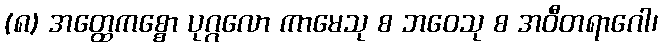
(၈) အတ္ထေကစ္စော ပုဂ္ဂလော ကာမေသု စ ဘဝေသု စ အဝီတရာဂေါ၊